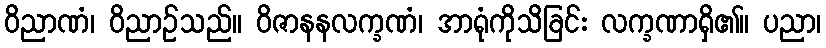
ဝိညာဏံ၊ ဝိညာဉ်သည်။ ဝိဇာနနလက္ခဏံ၊ အာရုံကိုသိခြင်း လက္ခဏာရှိ၏။ ပညာ၊